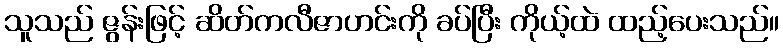
သူသည် ဇွန်းဖြင့် ဆိတ်ကလီဇာဟင်းကို ခပ်ပြီး ကိုယ့်ထဲ ထည့်ပေးသည်။